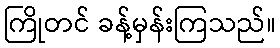
ကြိုတင် ခန့်မှန်းကြသည်။